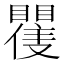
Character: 𭿪